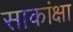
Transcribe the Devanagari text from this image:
साकांक्षा